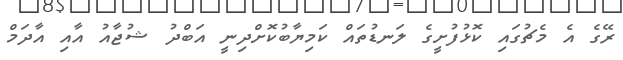
ރޭގެ އެ މެޗުގައި ކޮޅުފުށީގެ ލަނޑުތައް ކަމިޔާބުކޮށްދިނީ އަބްދު ޝުޖާއު އާއި އާދަމް